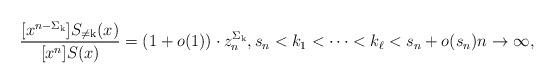
LaTeX: \begin{align*}\frac{[x^{n-\Sigma_{\mathrm{k}}}]S_{\neq \mathrm{k}}(x)}{[x^n]S(x)} =(1+o(1)) \cdot z_n^{\Sigma_{\mathrm{k}}},s_n<k_1<\cdots<k_\ell<s_n+o(s_n) n\to\infty,\end{align*}